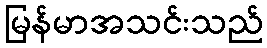
မြန်မာအသင်းသည်